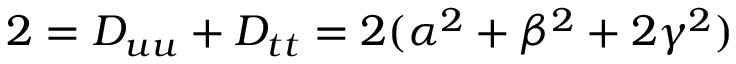
2 = D _ { u u } + D _ { t t } = 2 ( \alpha ^ { 2 } + \beta ^ { 2 } + 2 \gamma ^ { 2 } )